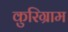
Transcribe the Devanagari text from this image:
कुरिग्राम